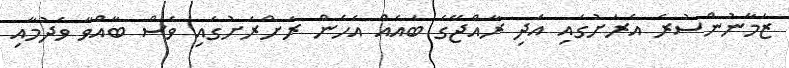
ޒަމާނުންސުރެ އެރަށުގައި އަދި ރާއްޖޭގެ ބައެއް އެހެން ރަށްރަށުގައި ވެސް ބާއްވާ ވެދުމާއި